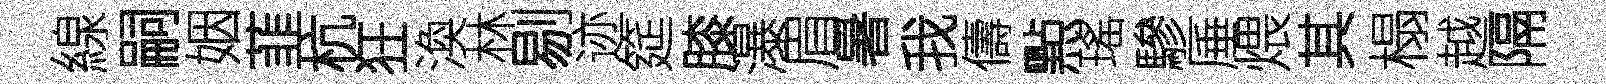
線嗣姻韮杭狂渙林剔迹筵膝瀑眉暑我儔㸃瑤驂厜煨其榻越隔